Vaccination in Burma 1920-1933 - 1920-1933
Year: 1920
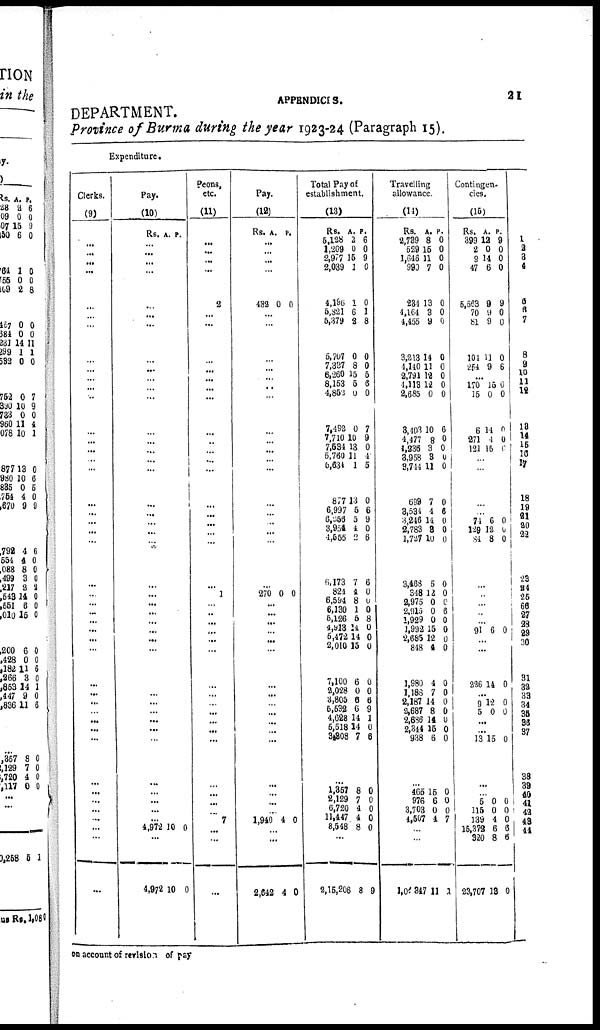
APPENDICIS.
21
DEPARTMENT.
Province of Burma during the year 1923-24 (Paragraph 15).
Expenditure.
Clerks.
(9)
... ...
...
...
...
...
...
...
...
...
... ...
...
...
...
...
...
...
... ...
...
...
... ... ... ... ... ... ... ...
...
...
...
... ...
...
...
...
...
...
...
... ...
...
...
Pay.
(10)
Rs. A. P.
... ...
...
...
...
...
...
...
...
...
...
...
...
...
...
...
...
...
...
...
...
...
...
...
...
...
...
...
...
...
...
...
...
... ...
...
...
...
...
...
...
...
4,972 10
0
...
4,972 10
0
Peons,
etc.
(11)
... ...
...
...
2
...
...
...
...
...
...
...
...
...
...
... ...
...
...
...
...
...
...
1
...
... ...
...
...
...
...
...
...
... ...
...
...
...
... ...
...
7
...
...
...
Pay.
(12)
Rs. A. P.
...
...
...
...
482 0 0
...
...
...
...
...
...
...
...
...
...
...
...
...
...
...
...
...
...
270 0 0
...
...
...
...
...
...
...
...
...
...
...
...
...
...
...
...
...
1,940 4
0
...
...
2,642
4
0
Total Pay of
establishment.
(13)
Rs.
5,128
1,209
2,977
2,039
4,196
5,321
5,379
5,707
7,337
6,260
8,153
4,852
7,492
7,710
7,584
5,760
5,634
877
6,997
6,256
3,954
4,555
6,173
824
6,594
6,130
6,126
4,913
5,472
2,010
7,100
2,028
3,805
5,532 4,622
5,518
3,308
A.
2
0
15
1
1
6
2
0
8
15
5
0
0
10
18
11
1
13
5
5
4
2
7
4
8
1
5
14
14
15
6
0
6
6 14
14
7
P.
6
0
9
0
0
1
8
0
0
5
6
0
7
9
0
4
5
0
6
9
0
6
6
0
0
0
8
0
0
0
0
0
6
9 1
0
6
...
1,357
2,129
6,720
11,447
8,548
8 7
4
4
8
0
0
0
0
0
...
2,15,206 8
9
Travelling
allowance.
(14)
Rs.
2,739
529
1,646
990
234
4,164
4,456
3,213
4,140
2,791
4,113
2,685
3,403
4,477
1,236
3,958
3,744
699
3,534
3,246
2,783
1,727
3,468
348
2,975
2,915
1,929
1,992
2,685
848
1,980
1,188
2,187
2,687
2,686
2,344
938
A.
8
15
11
7
13
3
9
14
11
12
12
0
10
8
3
8
11
7
4
14
3
10
5
12
0 0
0
15
12
4
4
7
14
8
8
15
6
P.
0
0
0
0
0
0
0
0
0
0
0
0
6
0
0
0
0
0
6
0
0
0
0
0
0
6
0
0
0
0
0
0
0
0 0
0
0
...
465
976
3,703
4,507
15
6
0
4
0
0
0
7
...
...
1,04,347 11
1
Contingen-
cies.
(15)
Rs.
399
2
9
47
5,563
70
81
101
254
A.
12
0
14
6
9
9
9
11
9
P.
9
0
0
0
9
0
0
0
6
...
170
15
6
271
121
15
0
14
1
15
0
0
0
0
0
...
...
...
... 74
129
84
6
12
8
0
0
0
...
...
...
...
...
91 6 0
...
...
226 14
0
... 9
5
5
12 0
0
0 0
0
...
13 15 0
...
... 5
115
139
15,372
320
23,707
0
0
4
6
8
13
0
0
0
6
6
0
1
2
3
4
5
6
7
8
9
10
11
12
13
14
15
16
17
18
19
20
20
22
23
24
25
26
27
28
29
30
31
32
33
34
35
36
37
38
39
40
41
42
43
44
on account of revision of pay